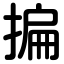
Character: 揙